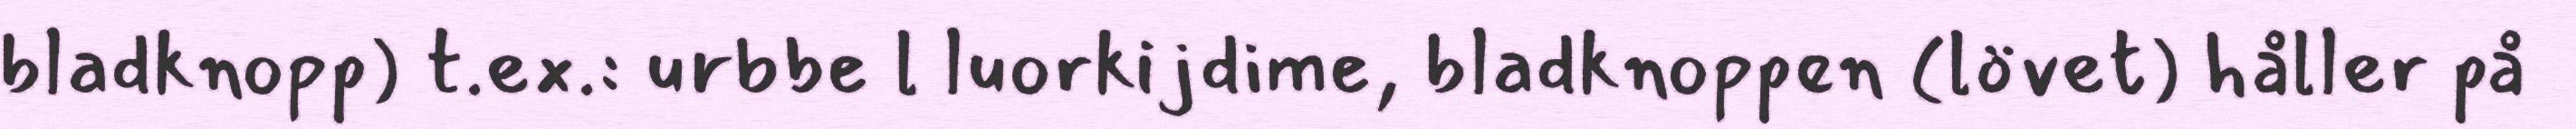
bladknopp) t.ex.: urbbe l luorkijdime, bladknoppen (lövet) håller på